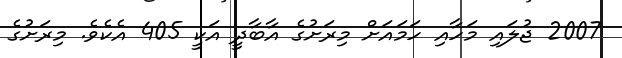
2007 ޖުލައި މަހާއި ހަމައަށް މިރަށުގެ އާބާދީ އަކީ 405 އެކެވެ. މިރަށުގެ